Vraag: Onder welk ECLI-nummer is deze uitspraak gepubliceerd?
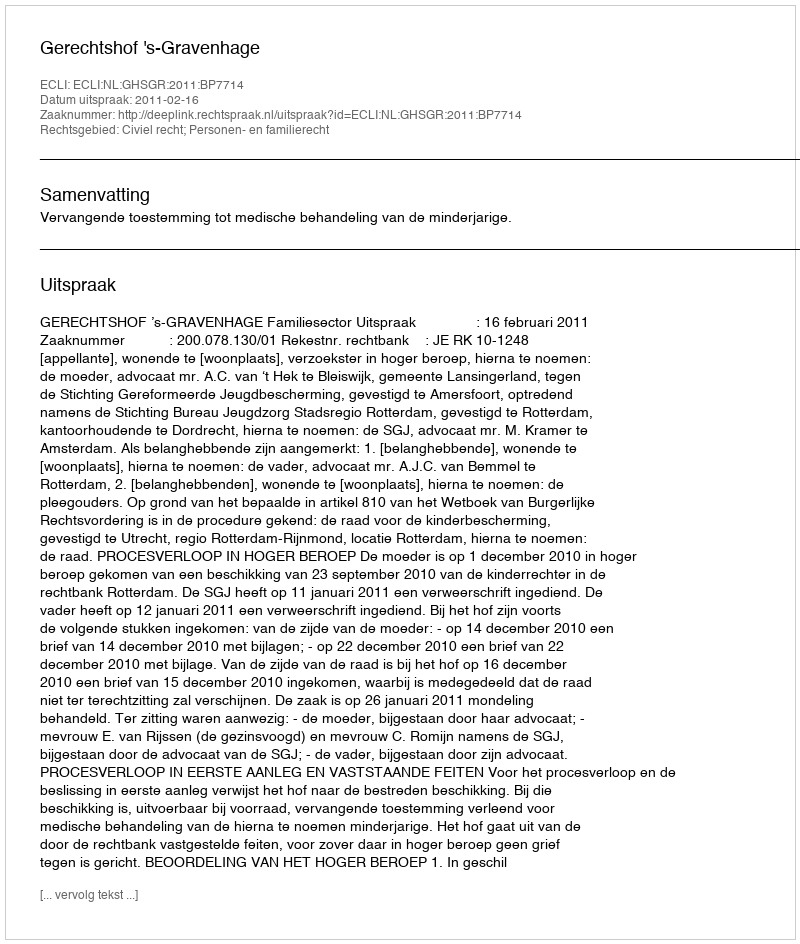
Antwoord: ECLI:NL:GHSGR:2011:BP7714